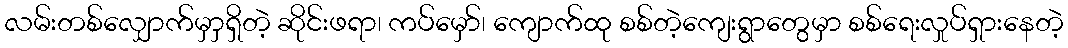
လမ်းတစ်လျှောက်မှာှရှိတဲ့ ဆိုင်းဖရာ၊ ကပ်မှော်၊ ကျောက်ထု စစ်တဲ့ကျေးရွာတွေမှာ စစ်ရေးလှုပ်ရှားနေတဲ့